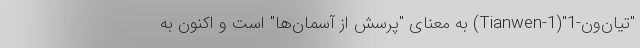
"تیان‌ون-1"(Tianwen-1) به معنای "پرسش از آسمان‌ها" است و اکنون به